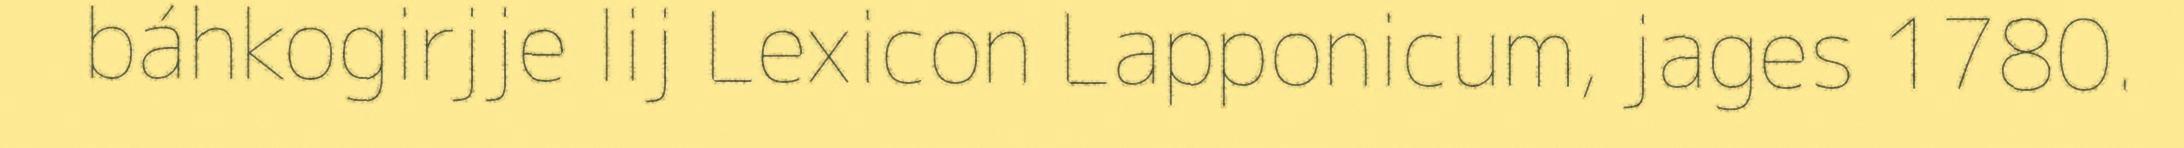
báhkogirjje lij Lexicon Lapponicum, jages 1780.